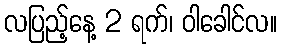
လပြည့်နေ့ 2 ရက်၊ ဝါခေါင်လ။